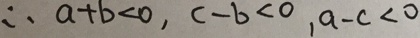
\therefore a + b < 0 , c - b < 0 , a - c < 0